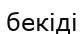
бекіді